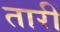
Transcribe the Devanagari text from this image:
तारीं